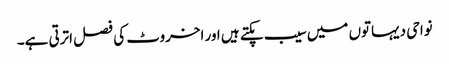
نواحی دیہاتوں میں سیب پکتے ہیں اور اخروٹ کی فصل اترتی ہے۔